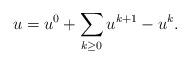
LaTeX: \begin{align*}u = u^0 + \sum_{k\geq 0} u^{k+1}-u^k.\end{align*}